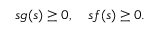
s g ( s ) \geq 0 , \quad s f ( s ) \geq 0 .